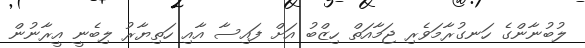
ލުބުނާންގެ ހަނގުރާމަވެރި ޖަމާއަތް ހިޒްބު އަށް ފައިސާ އާއި ހަތިޔާރު ލިބެނީ އީރާނުން